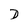
Character: D